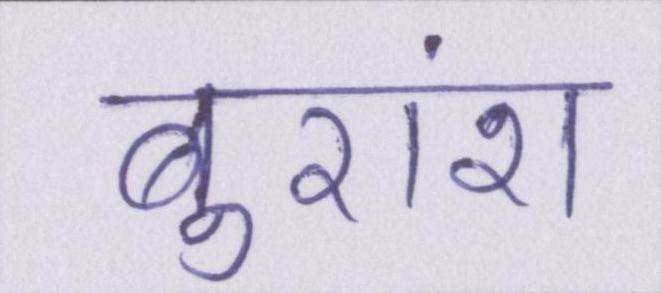
बुरांश